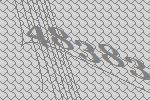
48383